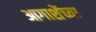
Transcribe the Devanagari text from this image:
आगाशेंच्या